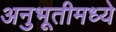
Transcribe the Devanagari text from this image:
अनुभूतीमध्ये